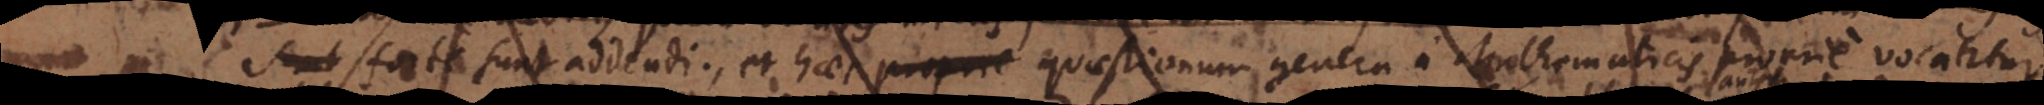
forte sunt addendi; et haec quaestionum genera a Mathematicis proprie vocantur